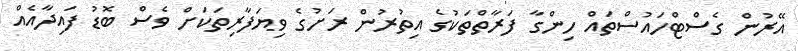
އޭރުން ގެސްޓްހައުސްތައް ހިންގާ ފަރާތްތަކުގެ އިތުރުން ރަށުގެ ވިޔަފާރިތަކަށް ވެސް ބޮޑު ފައިދާއެއް